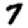
Digit: 7